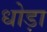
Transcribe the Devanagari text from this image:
धोड़ा